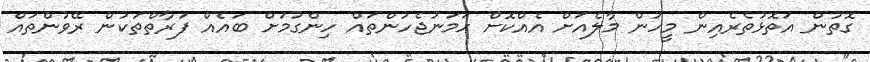
ގޮތުން އަތޮޅުތެރެއިން މީހުން މާލެއަށް އެއްކޮށް ހަމަނުޖެހުންތައް ހިންގުމަށް ބައެއް ފަރާތްތަކުން ރޭވުންތައް